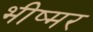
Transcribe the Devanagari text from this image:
भीष्मर